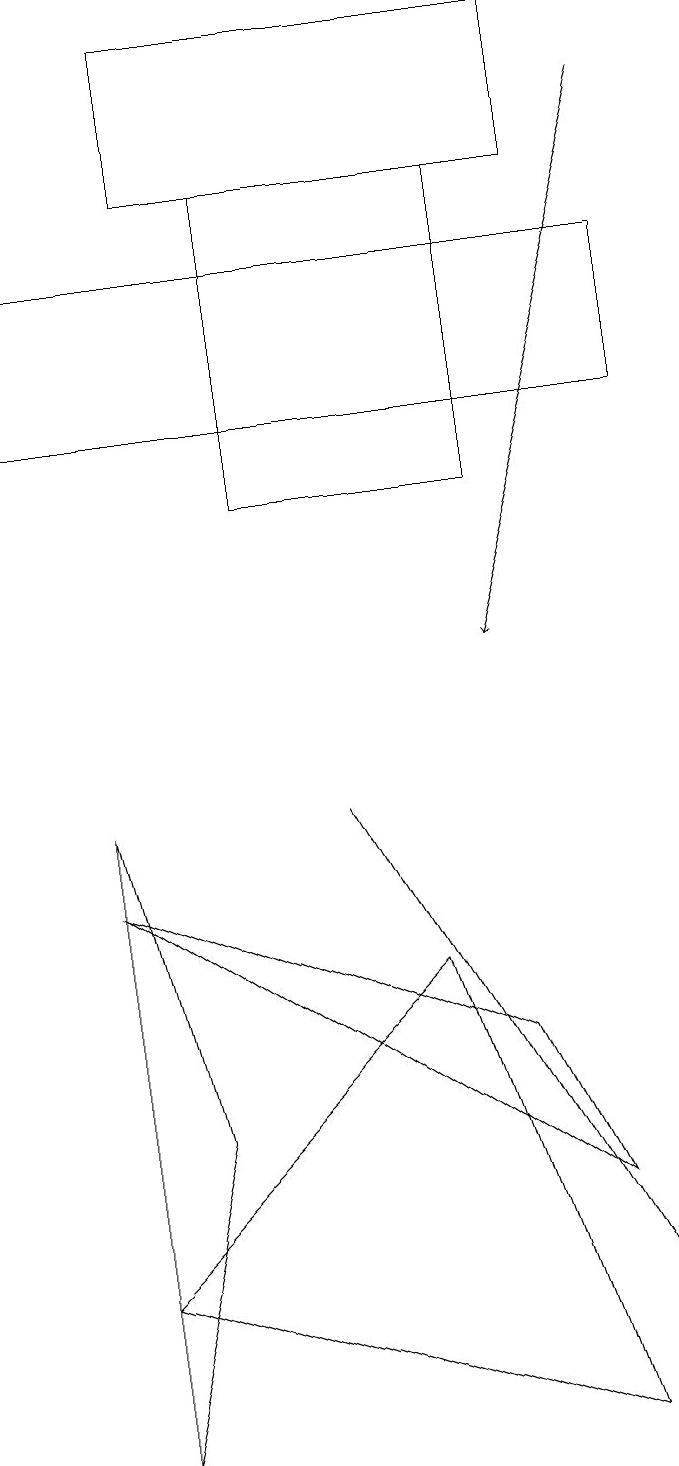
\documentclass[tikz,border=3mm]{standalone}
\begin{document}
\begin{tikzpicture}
\draw (7,17) rectangle (4,13);
\draw[->] (9,18) -- (7,11);
\draw (8,19) rectangle (3,17);
\draw (5,9) -- (5,9) -- (9,2) -- cycle;
\draw (8,4) -- (7,6) -- (2,8) -- cycle;
\draw (1,14) rectangle (9,16);
\draw (2,1) -- (3,5) -- (2,9) -- cycle;
\draw (2,3) -- (6,7) -- (8,1) -- cycle;
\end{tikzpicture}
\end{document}